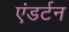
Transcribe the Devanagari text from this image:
एंडर्टन